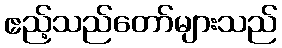
ဧည့်သည်တော်များသည်